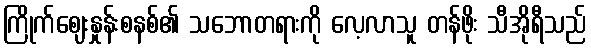
ကြိုက်ဈေးနှုန်းစနစ်၏ သဘောတရားကို လေ့လာသူ တန်ဖိုး သီအိုရီသည်